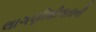
લાગણીશીલતાની